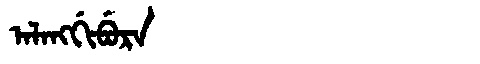
Manchu: ᠠᠯᠠᠩᡤᡳᠪᡠᡵᠠ
Romanization: ALANGGIBURA